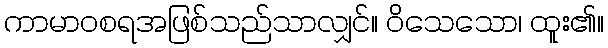
ကာမာဝစရအဖြစ်သည်သာလျှင်။ ဝိသေသော၊ ထူး၏။